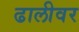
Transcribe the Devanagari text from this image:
ढालीवर